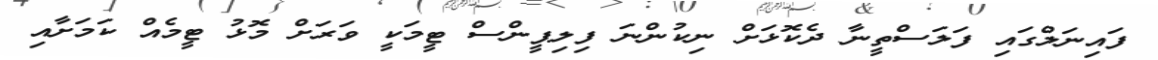
ފައިނަލްގައި ފަލަސްތީނާ ދެކޮޅަށް ނިކުންނަ ފިލިޕީންސް ޓީމަކީ ވަރަށް މޮޅު ޓީމެއް ކަމަށާއި